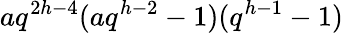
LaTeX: aq^{2h-4}(aq^{h-2}-1)(q^{h-1}-1)